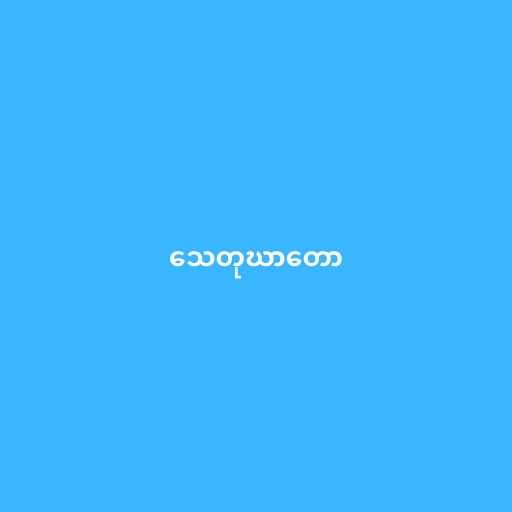
သေတုဃာတော